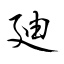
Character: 廸